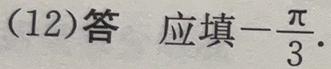
(12)答  应填$-\frac{\pi}{3}$.